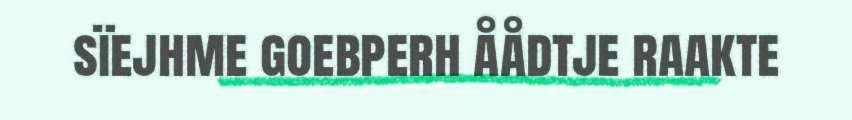
sïejhme goebperh åådtje raakte